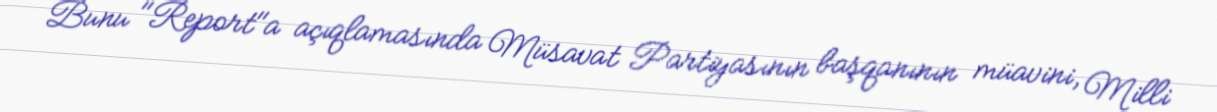
Bunu "Report"a açıqlamasında Müsavat Partiyasının başqanının müavini, Milli